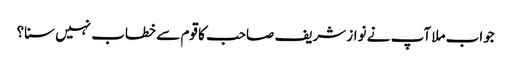
جواب ملا آپ نے نواز شریف صاحب کا قوم سے خطاب نہیں سنا؟